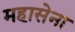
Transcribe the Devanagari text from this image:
महासेना